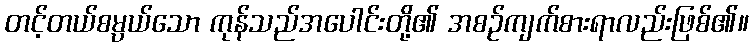
တင့်တယ်စမ္ပယ်သော ကုန်သည်အပေါင်းတို့၏ အစဉ်ကျက်စားရာလည်းဖြစ်၏။